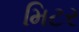
મિટર